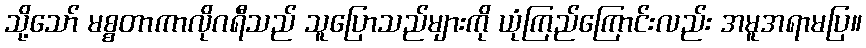
သို့သော် မစ္စတာကာလိုဂရီသည် သူပြောသည်များကို ယုံကြည်ကြောင်းလည်း အမူအရာမပြ။